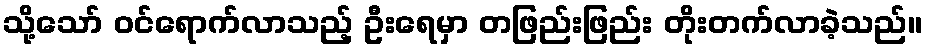
သို့သော် ဝင်ရောက်လာသည့် ဦးရေမှာ တဖြည်းဖြည်း တိုးတက်လာခဲ့သည်။